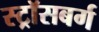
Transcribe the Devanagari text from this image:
स्ट्रॉसबर्ग